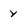
Character: y